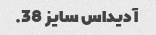
آدیداس سایز 38.